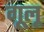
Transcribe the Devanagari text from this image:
गूलू